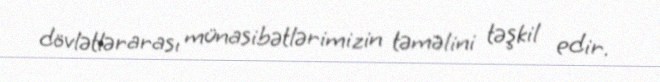
dövlətlərarası münasibətlərimizin təməlini təşkil edir.